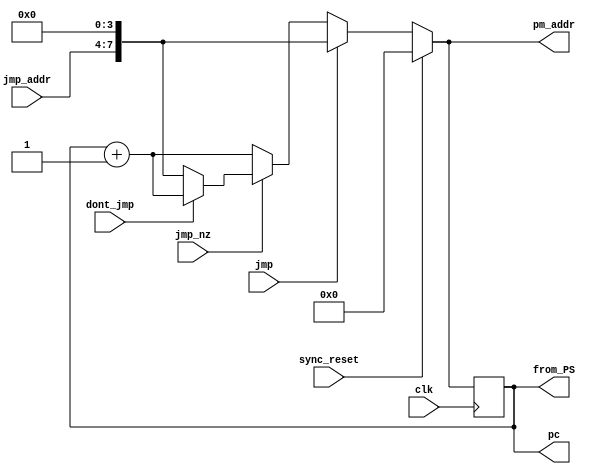
module program_sequencer(
input clk, sync_reset, jmp, jmp_nz, dont_jmp,
input [3:0] jmp_addr,
output reg [7:0] pm_addr,

output reg [7:0] pc,
output reg [7:0] from_PS);

// ***from_PS***
always @ *
//from_PS = 8'h00;
from_PS = pc;


// program counter

// reg [7:0] pc;

always @ (posedge clk)
	pc = pm_addr;


// logic

always @ (*)
if (sync_reset)
	pm_addr = 8'H00;
else if (jmp)
	pm_addr = {jmp_addr, 4'H0};
else if (jmp_nz)
	if (dont_jmp == 0)
		pm_addr = {jmp_addr, 4'H0};
	else
		pm_addr = pc + 8'H01;
else
	pm_addr = pc + 8'H01;
endmodule